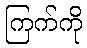
ကြက်ကို